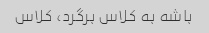
باشه به کلاس برگرد، کلاس